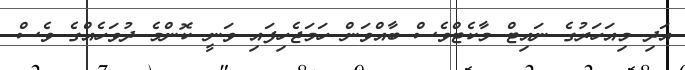
އަދި މިއަހަރުގެ ނައިޓް މާކެޓްވެސް ބާއްވަން ހަމަޖެހިފައި ވަނީ ކޮންމެ ދުވަހެއްގެ ވެސް